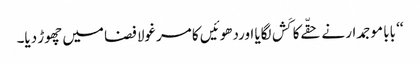
‘‘ بابا موجمدار نے حقّےکا کَش لگایا اوردھوئیں کا مرغولا فضا میں چھوڑ دیا۔